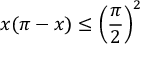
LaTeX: x ( \pi - x ) \leq \left( { \frac { \pi } { 2 } } \right) ^ { 2 }